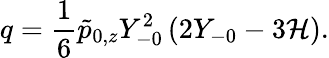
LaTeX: q=\frac{1}{6}\tilde{p}_{0,z}Y_{-0}^{2}\left(2Y_{-0}-3\mathcal{H}\right).